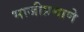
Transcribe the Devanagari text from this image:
भाजीप्रमाणे